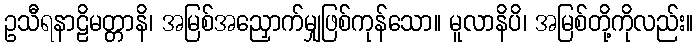
ဥသီရနာဠိမတ္တာနိ၊ အမြစ်အညှောက်မျှဖြစ်ကုန်သော။ မူလာနိပိ၊ အမြစ်တို့ကိုလည်း။